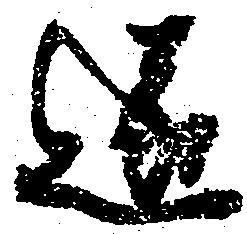
遂